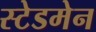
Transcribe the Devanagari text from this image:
स्टेडमेन